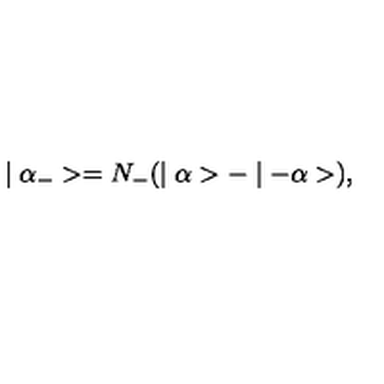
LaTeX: \mid \alpha _ { - } > = N _ { - } ( \mid \alpha > - \mid - \alpha > ) ,